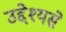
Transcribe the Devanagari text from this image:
उद्देश्‍यसे